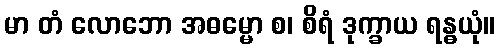
မာ တံ လောဘော အဓမ္မော စ၊ စိရံ ဒုက္ခာယ ရန္ဓယုံ။